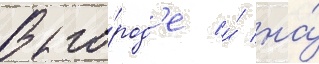
В го́род'е и́ на́